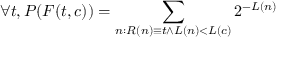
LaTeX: \forall t , P ( F ( t , c ) ) = \sum _ { n : R ( n ) \equiv t \land L ( n ) < L ( c ) } 2 ^ { - L ( n ) }